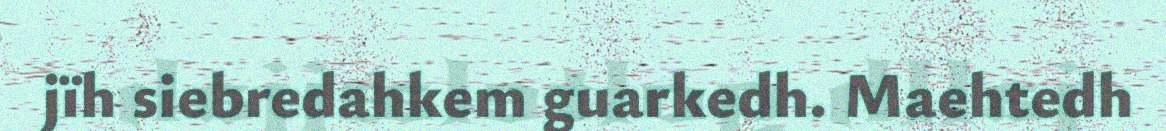
jïh siebredahkem guarkedh. Maehtedh